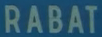
RABAT